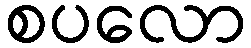
စပလော